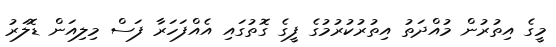
މީގެ އިތުރުން މުއްދަތު އިތުރުކުރުމުގެ ފީގެ ގޮތުގައި އެއްފަހަރާ ފަސް މިލިއަން ޑޮލަރު